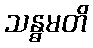
သန္ဓမတိ